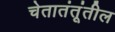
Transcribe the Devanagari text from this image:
चेतातंतूंतील